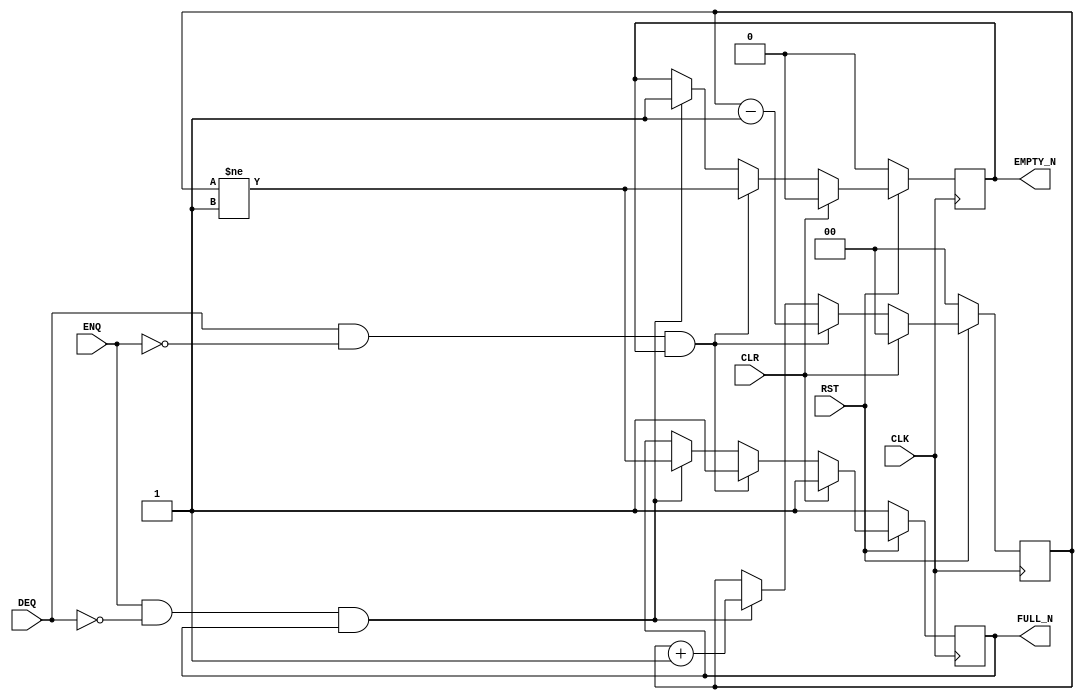

// Copyright (c) 2000-2012 Bluespec, Inc.

// Permission is hereby granted, free of charge, to any person obtaining a copy
// of this software and associated documentation files (the "Software"), to deal
// in the Software without restriction, including without limitation the rights
// to use, copy, modify, merge, publish, distribute, sublicense, and/or sell
// copies of the Software, and to permit persons to whom the Software is
// furnished to do so, subject to the following conditions:

// The above copyright notice and this permission notice shall be included in
// all copies or substantial portions of the Software.

// THE SOFTWARE IS PROVIDED "AS IS", WITHOUT WARRANTY OF ANY KIND, EXPRESS OR
// IMPLIED, INCLUDING BUT NOT LIMITED TO THE WARRANTIES OF MERCHANTABILITY,
// FITNESS FOR A PARTICULAR PURPOSE AND NONINFRINGEMENT. IN NO EVENT SHALL THE
// AUTHORS OR COPYRIGHT HOLDERS BE LIABLE FOR ANY CLAIM, DAMAGES OR OTHER
// LIABILITY, WHETHER IN AN ACTION OF CONTRACT, TORT OR OTHERWISE, ARISING FROM,
// OUT OF OR IN CONNECTION WITH THE SOFTWARE OR THE USE OR OTHER DEALINGS IN
// THE SOFTWARE.
//
// $Revision$
// $Date$

`ifdef BSV_ASSIGNMENT_DELAY
`else
  `define BSV_ASSIGNMENT_DELAY
`endif

`ifdef BSV_POSITIVE_RESET
  `define BSV_RESET_VALUE 1'b1
  `define BSV_RESET_EDGE posedge
`else
  `define BSV_RESET_VALUE 1'b0
  `define BSV_RESET_EDGE negedge
`endif

`ifdef BSV_ASYNC_RESET
 `define BSV_ARESET_EDGE_META or `BSV_RESET_EDGE RST
`else
 `define BSV_ARESET_EDGE_META
`endif


// Depth N FIFO (N > 1)
module SizedFIFO0(CLK, RST, ENQ, FULL_N, DEQ, EMPTY_N, CLR);
   parameter p1depth = 2;
   parameter p2cntr_width = 2; // log2(p1depth+1)
   parameter guarded = 1;

   localparam truedepth = (p1depth >= 2) ? p1depth : 2;

   input     CLK;
   input     RST;
   input     CLR;
   input     ENQ;
   input     DEQ;
   output    FULL_N;
   output    EMPTY_N;

   reg       not_full;
   reg       not_empty;
   reg [p2cntr_width-1 : 0] count;

   assign                 EMPTY_N = not_empty;
   assign                 FULL_N = not_full;

`ifdef BSV_NO_INITIAL_BLOCKS
`else // not BSV_NO_INITIAL_BLOCKS
   // synopsys translate_off
   initial
     begin
        count      = 0 ;
        not_empty  = 1'b0;
        not_full   = 1'b1;
     end // initial begin
   // synopsys translate_on
`endif // BSV_NO_INITIAL_BLOCKS


   always @(posedge CLK `BSV_ARESET_EDGE_META)
     begin
        if (RST == `BSV_RESET_VALUE)
          begin
             count <= `BSV_ASSIGNMENT_DELAY 0 ;
             not_empty <= `BSV_ASSIGNMENT_DELAY 1'b0;
             not_full <= `BSV_ASSIGNMENT_DELAY 1'b1;
          end // if (RST == `BSV_RESET_VALUE)
        else
           begin
              if (CLR)
                begin
                   count <= `BSV_ASSIGNMENT_DELAY 0 ;
                   not_empty <= `BSV_ASSIGNMENT_DELAY 1'b0;
                   not_full <= `BSV_ASSIGNMENT_DELAY 1'b1;
                end // if (CLR)
              else begin
                 if (DEQ && ! ENQ && not_empty )
                   begin
                      not_full <= `BSV_ASSIGNMENT_DELAY 1'b1;
                      not_empty <= `BSV_ASSIGNMENT_DELAY  count != 'b01  ;
                      count <= `BSV_ASSIGNMENT_DELAY count - 1'b1 ;
                   end // if (DEQ && ! ENQ && not_empty )
                 else if (ENQ && ! DEQ && not_full )
                   begin
                      not_empty <= `BSV_ASSIGNMENT_DELAY 1'b1;
                      not_full <= `BSV_ASSIGNMENT_DELAY count != (truedepth - 1) ;
                      count <= `BSV_ASSIGNMENT_DELAY count + 1'b1 ;
                   end // if (ENQ && ! DEQ && not_full )
              end // else: !if(CLR)
           end // else: !if(RST == `BSV_RESET_VALUE)
     end // always @ (posedge CLK or `BSV_RESET_EDGE RST)

      // synopsys translate_off
   always@(posedge CLK)
     begin: error_checks
        reg deqerror, enqerror ;

        deqerror =  0;
        enqerror = 0;
        if (RST == ! `BSV_RESET_VALUE)
           begin
              if ( ! EMPTY_N && DEQ )
                begin
                   deqerror = 1 ;
                   $display( "Warning: SizedFIFO0: %m -- Dequeuing from empty fifo" ) ;
                end
              if ( ! FULL_N && ENQ && (!DEQ || guarded) )
                begin
                   enqerror =  1 ;
                   $display( "Warning: SizedFIFO0: %m -- Enqueuing to a full fifo" ) ;
                end
           end // if (RST == ! `BSV_RESET_VALUE)
     end // block: error_checks
   // synopsys translate_on

endmodule // SizedFIFO0